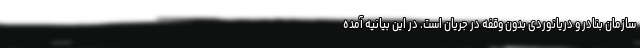
سازمان بنادر و دریانوردی بدون وقفه در جریان است. در این بیانیه آمده